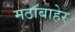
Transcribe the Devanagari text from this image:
मठाबाहेर